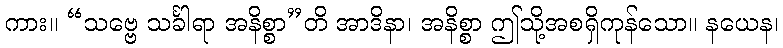
ကား။ “သဗ္ဗေ သင်္ခါရာ အနိစ္စာ”တိ အာဒိနာ၊ အနိစ္စာ ဤသို့အစရှိကုန်သော။ နယေန၊